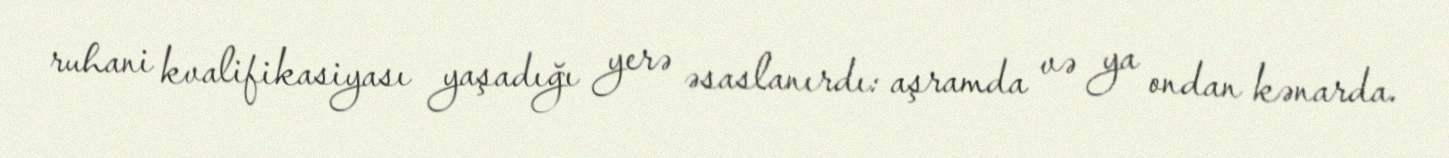
ruhani kvalifikasiyası yaşadığı yerə əsaslanırdı: aşramda və ya ondan kənarda.